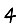
Digit: 4